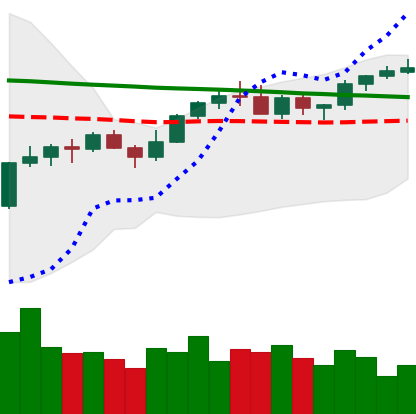
Ticker: XMR-USD
Chart end date: 2022-12-11
Forward return: -5.519%
Label: down_5_7